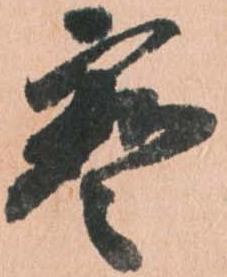
宝